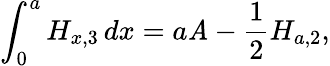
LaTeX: \int_{0}^{a}H_{x,3}\, dx=a\mathit{A}-{\frac{{1}}{{2}}}H_{a,2},